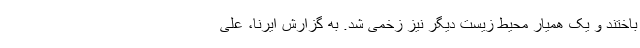
باختند و یک همیار محیط زیست دیگر نیز زخمی شد. به گزارش ایرنا، علی